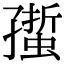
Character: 𧏄